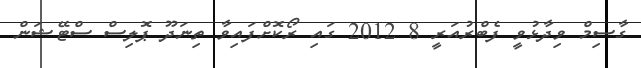
ގާސިމް ވިދާޅުވީ ފެބްރުއަރީ 8 2012 ގައި ރޯކޮށްފައިވާ ތިނަދޫ ޕޮލިސް ސްޓޭޝަން